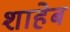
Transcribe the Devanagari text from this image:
शाहेब